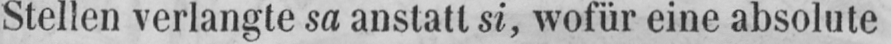
Stellen verlangte sa anstatt si, wofür eine absolute